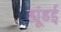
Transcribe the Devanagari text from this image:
ह्यूंडई